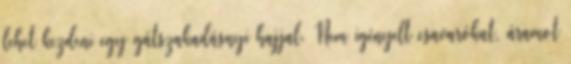
lehet kezdeni egy gátszakadásnyi hajjal. Nem igényelt csavarókat, áramot